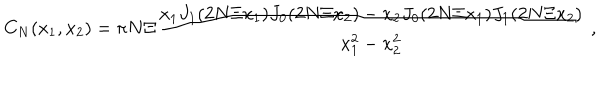
C _ { N } ( x _ { 1 } , x _ { 2 } ) = \pi N \Xi \frac { x _ { 1 } J _ { 1 } ( 2 N \Xi x _ { 1 } ) J _ { 0 } ( 2 N \Xi x _ { 2 } ) - x _ { 2 } J _ { 0 } ( 2 N \Xi x _ { 1 } ) J _ { 1 } ( 2 N \Xi x _ { 2 } ) } { x _ { 1 } ^ { 2 } - x _ { 2 } ^ { 2 } } \; ,